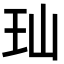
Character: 𬍑